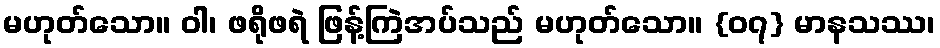
မဟုတ်သော။ ဝါ၊ ဖရိုဖရဲ ဖြန့်ကြဲအပ်သည် မဟုတ်သော။ {၀၇} မာနသဿ၊